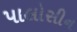
પાલોસીન